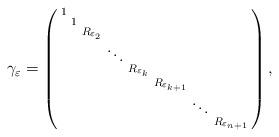
LaTeX: \begin{align*}\gamma_\varepsilon = \left( \begin{smallmatrix}1\\& 1\\& & R_{\varepsilon_2}\\& && \ddots \\ & && & R_{\varepsilon_k}\\& & && & R_{\varepsilon_{k+1}}\\& & && & & \ddots\\& & & && & & R_{\varepsilon_{n+1}}\end{smallmatrix} \right),\end{align*}